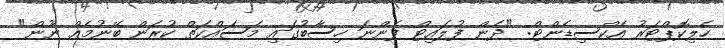
ހެލިކޮޕްޓަރު އެކްސިޑެންޓް: "ދެން ފުލައިޓް ފެންނަ ހިސާބުގައި މަސައްކަތް ކުރަން ބޭނުމެއް ނޫން"